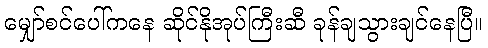
မျှော်စင်ပေါ်ကနေ ဆိုင်နိုအုပ်ကြီးဆီ ခုန်ချသွားချင်နေပြီ။